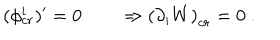
LaTeX: ( \phi _ { c r } ^ { i } ) ^ { \prime } = 0 \qquad \Rightarrow \left( \partial _ { i } W \right) _ { c r } = 0 \ .